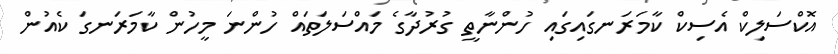
އޮކްސަލިކް އެސިކް ކާމަރަނގައިގައި ހުންނާތީ ގުރުދާގެ މައްސަލަތައް ހުންނަ މީހުން ކާމަރަނގަ ކެއުން